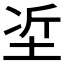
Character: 𡋈